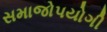
સમાજોપયોગી